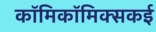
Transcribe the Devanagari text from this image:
काॅमिकॉमिक्सकई